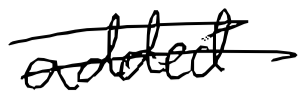
Text: added
Cross-out: double-line
Writing tool: digital_black